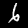
Label: 6